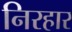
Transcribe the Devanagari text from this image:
निरहार